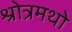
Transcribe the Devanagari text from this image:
श्रोत्रमथो